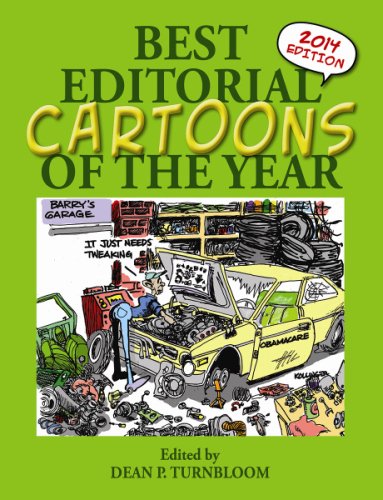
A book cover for Best Editorial Cartoons of the Year: 2014 Edition (Best Editorial Cartoons of the Year Series); Comics & Graphic Novels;